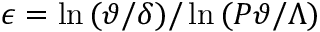
\epsilon = \ln { ( \vartheta / \delta ) } / \ln { ( P \vartheta / \Lambda ) }